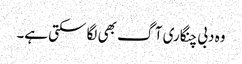
وہ دبی چنگاری آگ بھی لگا سکتی ہے۔